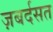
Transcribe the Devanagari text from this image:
ज़बर्दसत